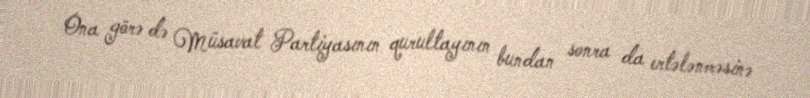
Ona görə də Müsavat Partiyasının qurultayının bundan sonra da ertələnməsinə